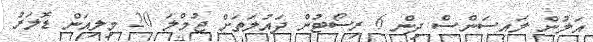
އަލުން ލައިސަންސް ދިން 6 ރިސޯޓުން ދައުލަތަށް ޖުމްލަ 20 މިލިއަން ޑޮލަރު